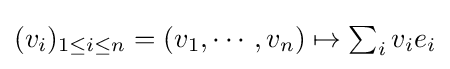
{\textstyle (v_{i})_{1\leq i\leq n}=(v_{1},\cdots ,v_{n})\mapsto \sum _{i}v_{i}e_{i}}